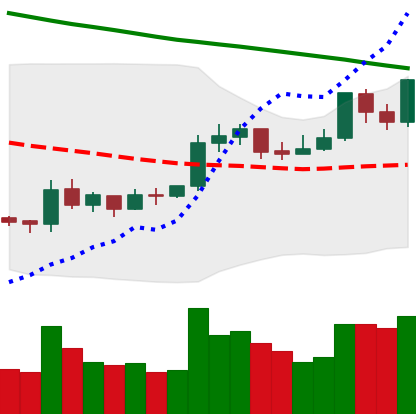
Ticker: XRP-USD
Chart end date: 2019-10-17
Forward return: -3.542%
Label: down_3_5